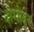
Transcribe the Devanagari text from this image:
दोमोदर